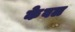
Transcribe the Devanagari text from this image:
केेवल